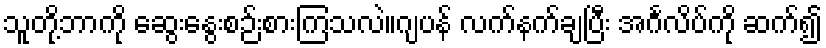
သူတို့ဘာကို ဆွေးနွေးစဉ်းစားကြသလဲ။ဂျပန် လက်နက်ချပြီး အင်္ဂလိပ်ကို ဆက်၍